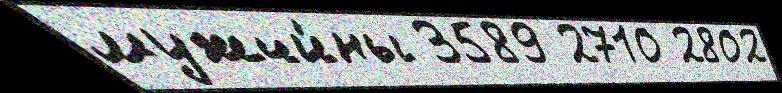
мужчи́ны 3589 2710 2802